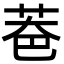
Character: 𦮹